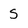
Character: S